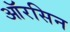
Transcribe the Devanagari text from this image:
ऑरसिन